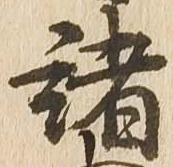
諸